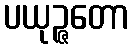
ပယုဉ္ဇတော